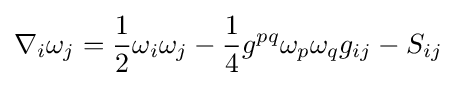
\nabla _{i}\omega _{j}={\frac {1}{2}}\omega _{i}\omega _{j}-{\frac {1}{4}}g^{pq}\omega _{p}\omega _{q}g_{ij}-S_{ij}